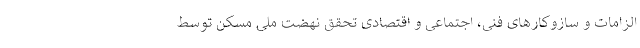
الزامات و سازوکارهای فنی، اجتماعی و اقتصادی تحقق نهضت ملی مسکن توسط